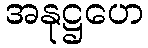
အနုဋ္ဌဟေ